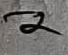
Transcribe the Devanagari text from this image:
२